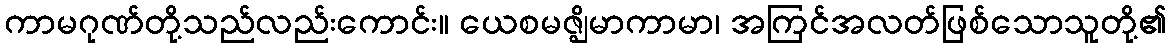
ကာမဂုဏ်တို့သည်လည်းကောင်း။ ယေစမဇ္ဈိမာကာမာ၊ အကြင်အလတ်ဖြစ်သောသူတို့၏